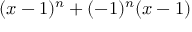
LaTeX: ( x - 1 ) ^ { n } + ( - 1 ) ^ { n } ( x - 1 )